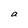
Character: a